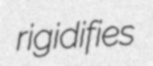
rigidifies